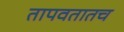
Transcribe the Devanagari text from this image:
तापवतातच